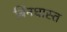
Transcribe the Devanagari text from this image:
बिंनधास्त